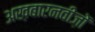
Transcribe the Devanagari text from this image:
अख़बारनवीज़ों